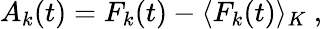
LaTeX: A_{k}(t)=F_{k}(t)-\langle F_{k}(t)\rangle_{K}\ ,